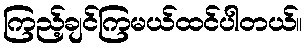
ကြည့်ချင်ကြမယ်ထင်ပါတယ်။